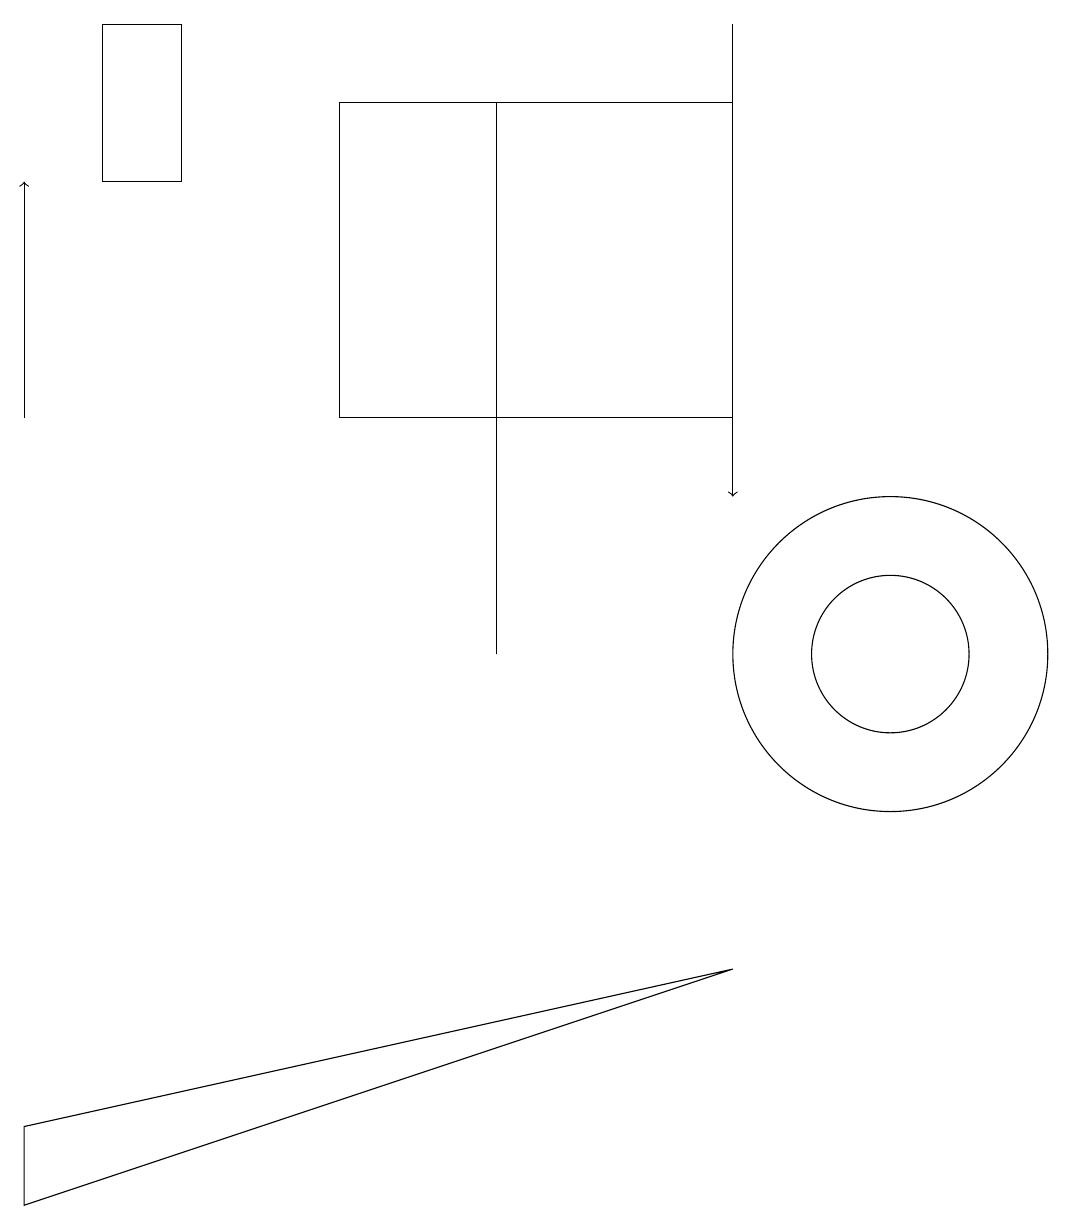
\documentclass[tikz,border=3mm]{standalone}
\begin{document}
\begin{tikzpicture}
\draw (6,18) rectangle (6,11);
\draw (11,11) circle (1);
\draw (11,11) circle (2);
\draw (1,17) rectangle (2,19);
\draw (9,7) -- (0,4) -- (0,5) -- cycle;
\draw[->] (9,19) -- (9,13);
\draw (4,14) rectangle (9,18);
\draw[->] (0,14) -- (0,17);
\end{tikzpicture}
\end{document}